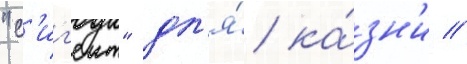
"с'иг'еит" дл'я́ ка́зн'и //